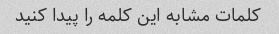
کلمات مشابه این کلمه را پیدا کنید